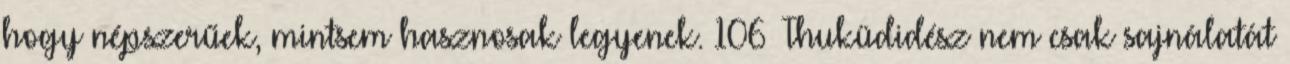
hogy népszerűek, mintsem hasznosak legyenek. 106 Thuküdidész nem csak sajnálatát